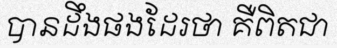
បានដឹងផងដែរថា គឺពិតជា